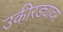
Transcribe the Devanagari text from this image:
उकीरड्यावर